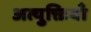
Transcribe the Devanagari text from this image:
अत्युक्तियाँ